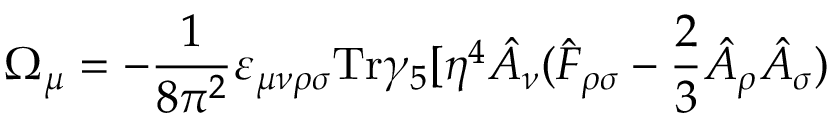
\Omega _ { \mu } = - \frac { 1 } { 8 \pi ^ { 2 } } \varepsilon _ { \mu \nu \rho \sigma } \mathrm { T r } \gamma _ { 5 } [ \eta ^ { 4 } \hat { A } _ { \nu } ( \hat { F } _ { \rho \sigma } - \frac { 2 } { 3 } \hat { A } _ { \rho } \hat { A } _ { \sigma } )